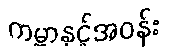
ကမ္ဘာနှင့်အဝန်း